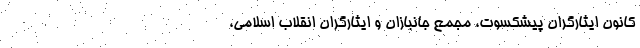
کانون ایثارگران پیشکسوت، مجمع جانبازان و ایثارگران انقلاب اسلامی،